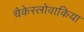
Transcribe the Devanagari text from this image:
चैकेस्लोवाकिया